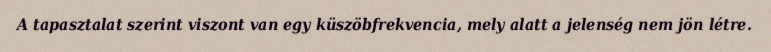
A tapasztalat szerint viszont van egy küszöbfrekvencia, mely alatt a jelenség nem jön létre.